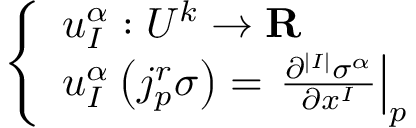
\left\{ \begin{array} { l l } { u _ { I } ^ { \alpha } : U ^ { k } \to \mathbf { R } } \\ { u _ { I } ^ { \alpha } \left( j _ { p } ^ { r } \sigma \right) = \left. { \frac { \partial ^ { | I | } \sigma ^ { \alpha } } { \partial x ^ { I } } } \right| _ { p } } \end{array} \right.